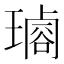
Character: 𤩡